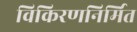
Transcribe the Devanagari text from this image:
विकिरणनिर्मित